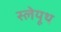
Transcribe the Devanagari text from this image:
स्लेयूथ